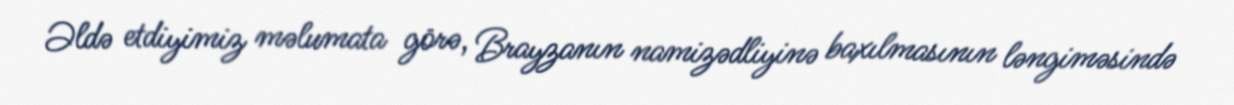
Əldə etdiyimiz məlumata görə, Brayzanın namizədliyinə baxılmasının ləngiməsində